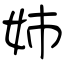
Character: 姉